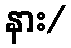
နား/